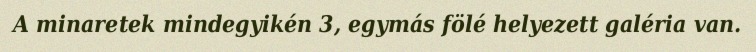
A minaretek mindegyikén 3, egymás fölé helyezett galéria van.